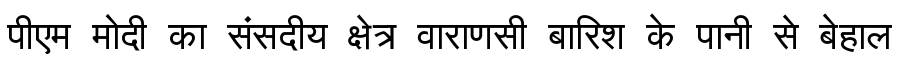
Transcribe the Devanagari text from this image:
पीएम मोदी का संसदीय क्षेत्र वाराणसी बारिश के पानी से बेहाल